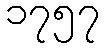
၁၇၅၇